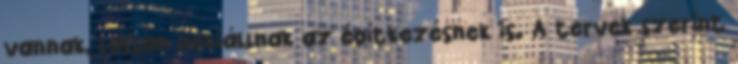
vannak, lassan nekiállnak az építkezésnek is. A tervek szerint